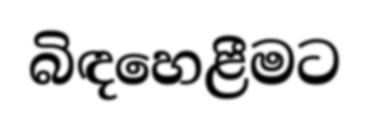
බිඳහෙළීමට